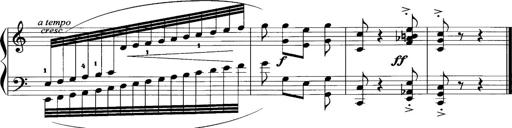
Title: Sonatina No.1
Composer: Otto Stoll
Key: C major